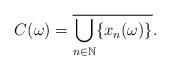
LaTeX: \begin{align*}C(\omega)=\overline{\bigcup_{n\in\mathbb{N}}\{x_n(\omega)\}}. \end{align*}